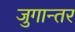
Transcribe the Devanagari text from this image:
जुगान्तर